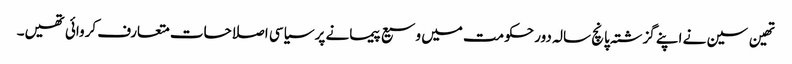
تھین سین نے اپنے گزشتہ پانچ سالہ دور حکومت میں وسیع پیمانے پر سیاسی اصلاحات متعارف کروائی تھیں۔